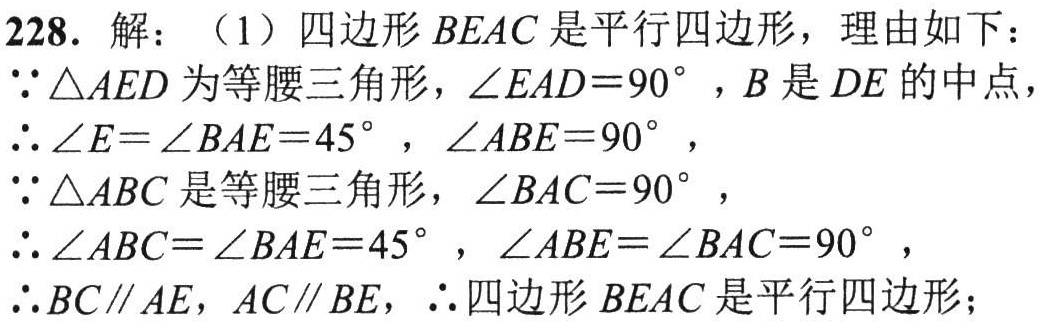
228. 解：（1）四边形\(BEAC\)是平行四边形，理由如下：

\(\because\triangle AED\)为等腰三角形，\(\angle EAD = 90^{\circ}\)，\(B\)是\(DE\)的中点，

\(\therefore\angle E=\angle BAE = 45^{\circ}\)，\(\angle ABE = 90^{\circ}\)，

\(\because\triangle ABC\)是等腰三角形，\(\angle BAC = 90^{\circ}\)，

\(\therefore\angle ABC=\angle BAE = 45^{\circ}\)，\(\angle ABE=\angle BAC = 90^{\circ}\)，

\(\therefore BC\parallel AE\)，\(AC\parallel BE\)，\(\therefore\)四边形\(BEAC\)是平行四边形；